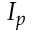
I _ { p }